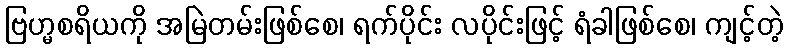
ဗြဟ္မစရိယကို အမြဲတမ်းဖြစ်စေ၊ ရက်ပိုင်း လပိုင်းဖြင့် ရံခါဖြစ်စေ၊ ကျင့်တဲ့